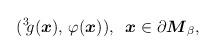
LaTeX: \begin{align*}(^3\!g(\mbox{\boldmath $x$}),\,\varphi(\mbox{\boldmath $x$})),\;\;\mbox{\boldmath $x$}\in\partial\mbox{\boldmath $M$}_{\beta},\end{align*}